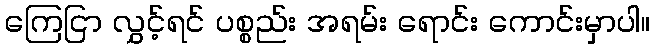
ကြေငြာ လွှင့်ရင် ပစ္စည်း အရမ်း ရောင်း ကောင်းမှာပါ။